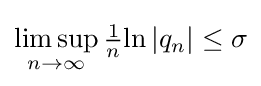
\limsup _{n\to \infty }{\tfrac {1}{n}}{\ln |q_{n}|}\leq \sigma